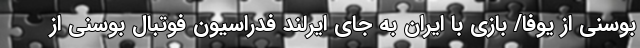
بوسنی از یوفا/ بازی با ایران به جای ایرلند فدراسیون فوتبال بوسنی از